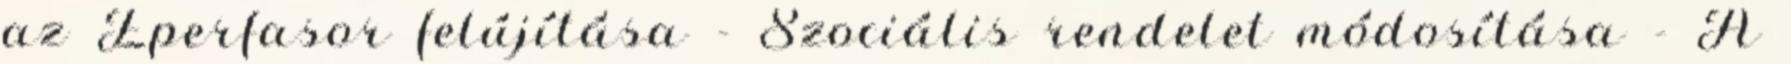
az Eperfasor felújítása - Szociális rendelet módosítása - A